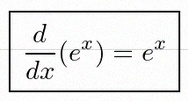
\frac{d}{dx}(e^x)=e^x